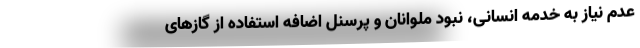
عدم نیاز به خدمه انسانی، نبود ملوانان و پرسنل اضافه استفاده از گازهای